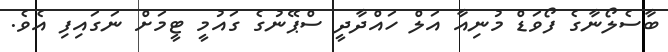
ބާސެލޯނާގެ ފޯވަޑް މުނިއާ އަލް ހައްދާދީ ސްޕޭނުގެ ގައުމީ ޓީމަށް ނަގައިފި އެވެ.